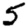
Digit: 5